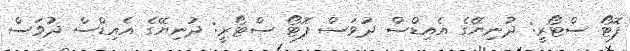
ފޮޓޯ ސްޓޯރީ: ދުނިޔޭގެ އެއިޑްސް ދުވަސް ފޮޓޯ ސްޓޯރީ: ދުނިޔޭގެ އެއިޑްސް ދުވަސް